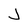
Character: J